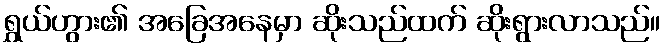
ရွှယ်ဟွား၏ အခြေအနေမှာ ဆိုးသည်ထက် ဆိုးရွားလာသည်။